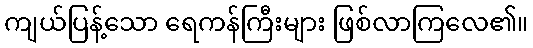
ကျယ်ပြန့်သော ရေကန်ကြီးများ ဖြစ်လာကြလေ၏။